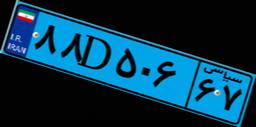
۷۴D۰۸۴۲۲